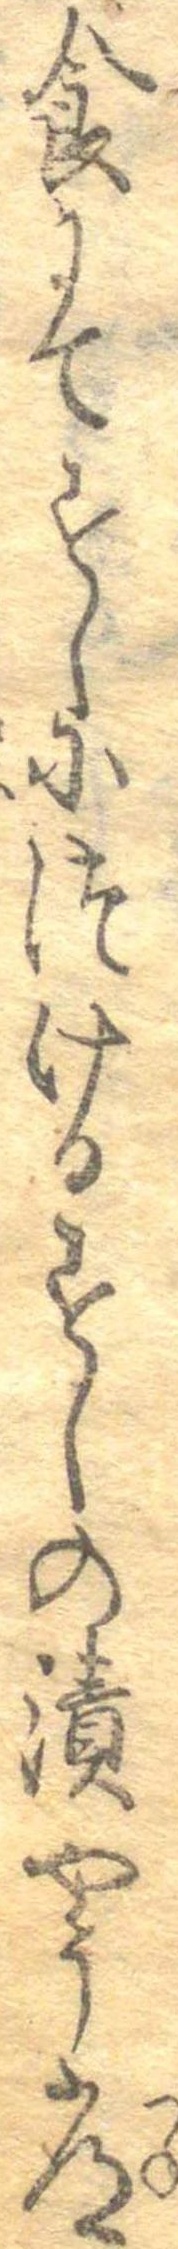
食にてすしにつけるすしの漬やう常